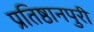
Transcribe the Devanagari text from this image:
प्रतिष्ठानपुरी